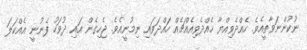
ނުކުންނަވާތީއެވެ. ހެއްދެވިއްޔާ ހެއްދެވިއެއްޗެއް ހައްދަވައި ނިމުނީއެވެ. ޖެހިގެން އައި ދުވަހު ފެނުނީ އެއްކަލަ